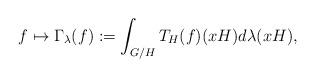
LaTeX: \begin{align*}f\mapsto\Gamma_\lambda(f):=\int_{G/H}T_H(f)(xH)d\lambda(xH),\end{align*}